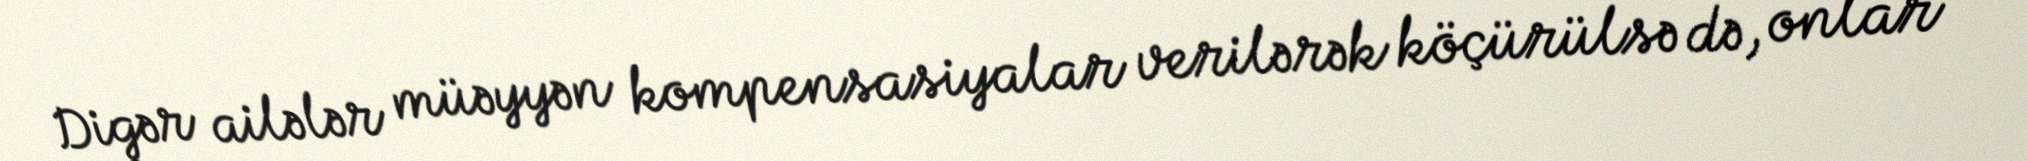
Digər ailələr müəyyən kompensasiyalar verilərək köçürülsə də, onlar -